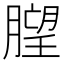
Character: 𱼙